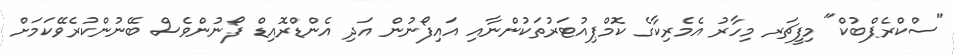
"ސްކްރެޕްބުކް" މިފީޗަރ މިހާރު އެމެރިކާގެ ކޮމްޕިއުޓަރުތަކުންނާއި އައިފޯނުން އަދި އެންޑްރޮއިޑް ފޯނުންވެސް ބޭނުންކުރެވޭކަމަށް